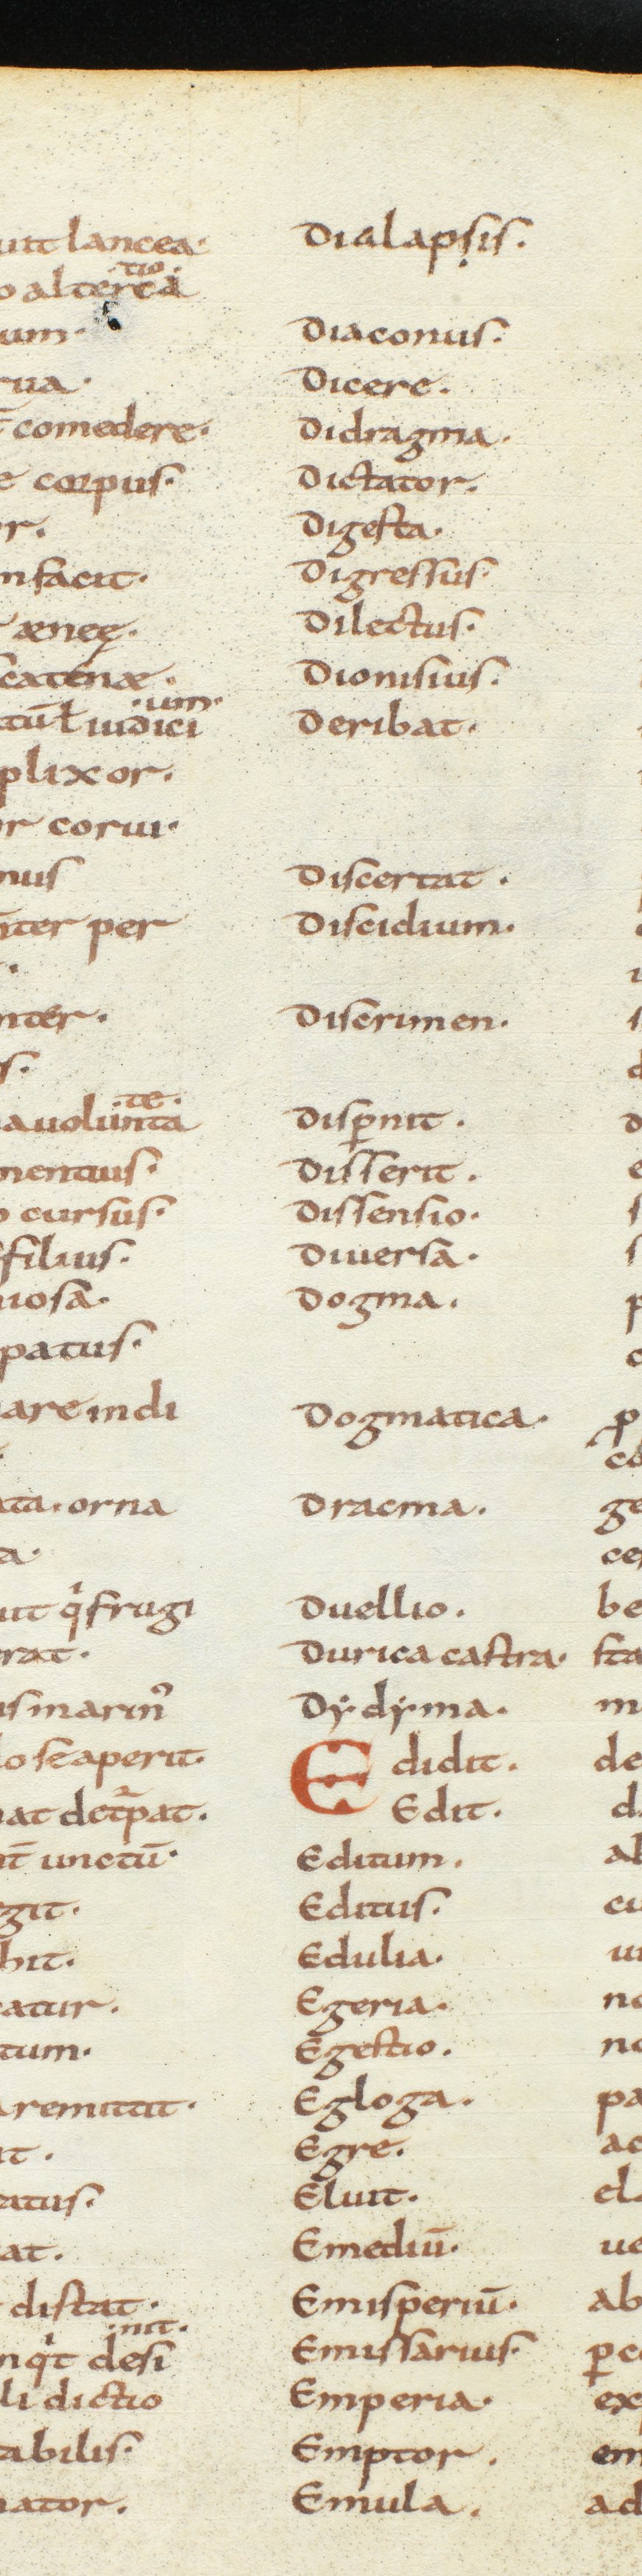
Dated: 850–915